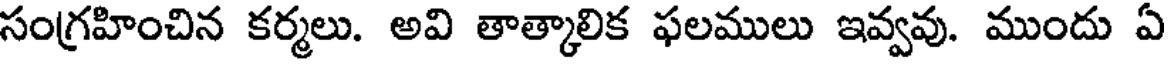
సంగ్రహించిన కర్మలు. అవి తాత్కాలిక ఫలములు ఇవ్వవు. ముందు ఏ